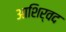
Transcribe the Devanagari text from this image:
आशिर्वद